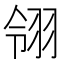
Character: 翎